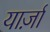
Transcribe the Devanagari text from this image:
यार्ज़ा